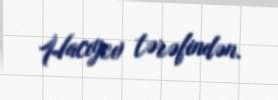
Hacıyev tərəfindən.